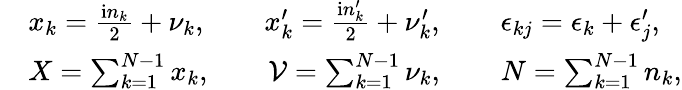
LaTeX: \begin{array}{rl}&{x_{k}=\frac{\mathrm{i}n_{k}}2+\nu_{k},\qquad x_{k}^{\prime}=\frac{\mathrm{i}n_{k}^{\prime}}2+\nu_{k}^{\prime},\qquad\epsilon_{kj}=\epsilon_{k}+\epsilon_{j}^{\prime},}\\ &{X=\sum_{k=1}^{N-1}x_{k},\qquad\mathcal V=\sum_{k=1}^{N-1}\nu_{k},\qquad N=\sum_{k=1}^{N-1}n_{k},}\end{array}